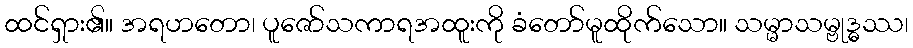
ထင်ရှား၏။ အရဟတော၊ ပူဇော်သကာရအထူးကို ခံတော်မူထိုက်သော။ သမ္မာသမ္ဗုဒ္ဓဿ၊